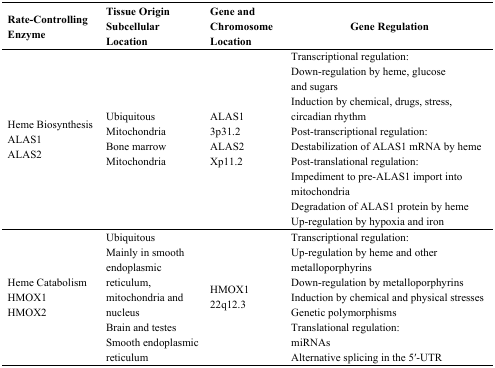
<table><thead><tr><td><b>Rate-Controlling Enzyme</b></td><td><b>Tissue Origin Subcellular Location</b></td><td><b>Gene and Chromosome Location</b></td><td><b>Gene Regulation</b></td></tr></thead><tbody><tr><td>Heme Biosynthesis ALAS1 ALAS2</td><td>Ubiquitous Mitochondria Bone marrow Mitochondria</td><td>ALAS1 3p31.2 ALAS2 Xp11.2</td><td>Transcriptional regulation: Down-regulation by heme, glucose and sugars Induction by chemical, drugs, stress, circadian rhythm Post-transcriptional regulation: Destabilization of ALAS1 mRNA by heme Post-translational regulation: Impediment to pre-ALAS1 import into mitochondria Degradation of ALAS1 protein by heme Up-regulation by hypoxia and iron</td></tr><tr><td>Heme Catabolism HMOX1 HMOX2</td><td>Ubiquitous Mainly in smooth endoplasmic reticulum, mitochondria and nucleus Brain and testes Smooth endoplasmic reticulum</td><td>HMOX1 22q12.3</td><td>Transcriptional regulation: Up-regulation by heme and other metalloporphyrins Down-regulation by metalloporphyrins Induction by chemical and physical stresses Genetic polymorphisms Translational regulation: miRNAs Alternative splicing in the 5′-UTR</td></tr></tbody></table>